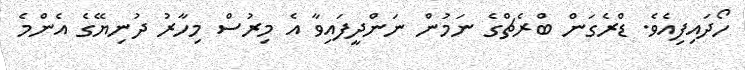
ހޯދައިފިއެވެ. ޑްރެގަން ބްރެޗްގެ ނަމުން ނަންދީފައިވާ އެ މިރުސް މިހާރު ދުނިޔޭގެ އެންމެ